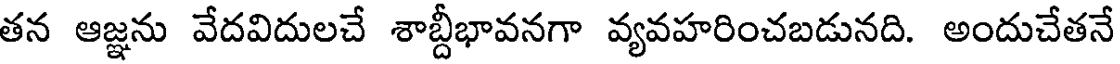
తన ఆజ్ఞను వేదవిదులచే శాబ్దీభావనగా వ్యవహరించబడునది. అందుచేతనే